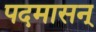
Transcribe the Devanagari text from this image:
पदमासन्